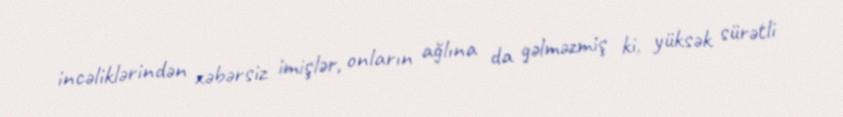
incəliklərindən xəbərsiz imişlər, onların ağlına da gəlməzmiş ki, yüksək sürətli